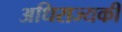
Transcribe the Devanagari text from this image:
अधिराज्यकी